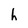
Character: h